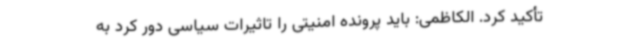
تأکید کرد. الکاظمی: باید پرونده امنیتی را تاثیرات سیاسی دور کرد به